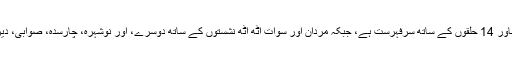
صوبائی حلقوں کی نئی ترتیب کے مطابق آبادی کے لحاظ سے پشاور 14 حلقوں کے ساتھ سرفہرست ہے، جبکہ مردان اور سوات آٹھ آٹھ نشستوں کے ساتھ دوسرے، اور نوشہرہ، چارسدہ، صوابی، دیر پائین اور مانسہرہ پانچ پانچ حلقوں کے ساتھ تیسرے نمبر پر ہیں۔